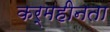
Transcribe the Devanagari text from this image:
कर्महीनता